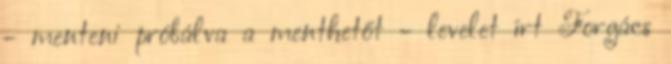
- menteni próbálva a menthetőt - levelet írt Forgács